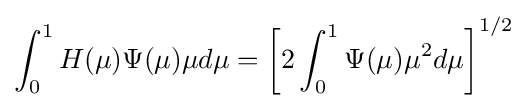
\int _{0}^{1}H(\mu )\Psi (\mu )\mu d\mu =\left[2\int _{0}^{1}\Psi (\mu )\mu ^{2}d\mu \right]^{1/2}